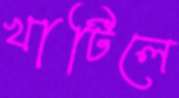
খাটিলে